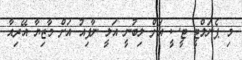
މި ޕެނަލްޓީ ޓީސީ އަށް ލިބުނީ އަލީ ނާފިއު އަށް މާޒިޔާ އޭރިއާ